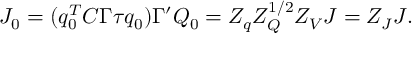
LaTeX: J _ { 0 } = ( q _ { 0 } ^ { T } C \Gamma \tau q _ { 0 } ) \Gamma ^ { \prime } Q _ { 0 } = Z _ { q } Z _ { Q } ^ { 1 / 2 } Z _ { V } J = Z _ { J } J .